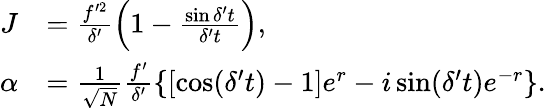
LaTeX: \begin{array}{rl}{J}&{=\frac{f^{\prime 2}}{\delta^{\prime}}\left(1-\frac{\sin\delta^{\prime}t}{\delta^{\prime}t}\right),}\\ {\alpha}&{=\frac{1}{\sqrt{N}}\frac{f^{\prime}}{\delta^{\prime}}\left\{ \left[\cos(\delta^{\prime}t)-1\right]e^{r}-i\sin(\delta^{\prime}t)e^{-r}\right\} .}\end{array}